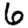
Digit: 6